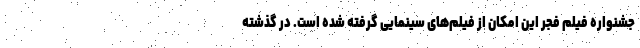
جشنواره فیلم فجر این امکان از فیلم‌های سینمایی گرفته شده است. در گذشته